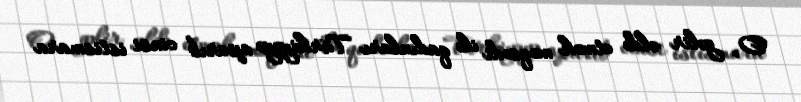
O, gəlir əldə etmək məqsədi ilə qadınları Türkiyəyə aparıb cinsi istismara